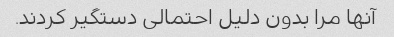
آنها مرا بدون دلیل احتمالی دستگیر کردند.